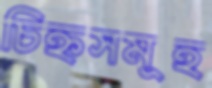
চিহ্নসমূহ